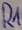
Text: R1